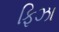
ફિઝા